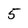
Character: 5